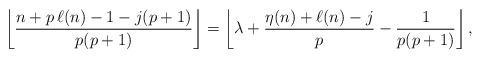
LaTeX: \begin{align*}\left\lfloor\frac{n+p\,\ell(n)-1-j(p+1)}{p(p+1)}\right\rfloor=\left\lfloor \lambda+\frac{\eta(n)+\ell(n)-j}{p}-\frac{1}{p(p+1)}\right\rfloor,\end{align*}